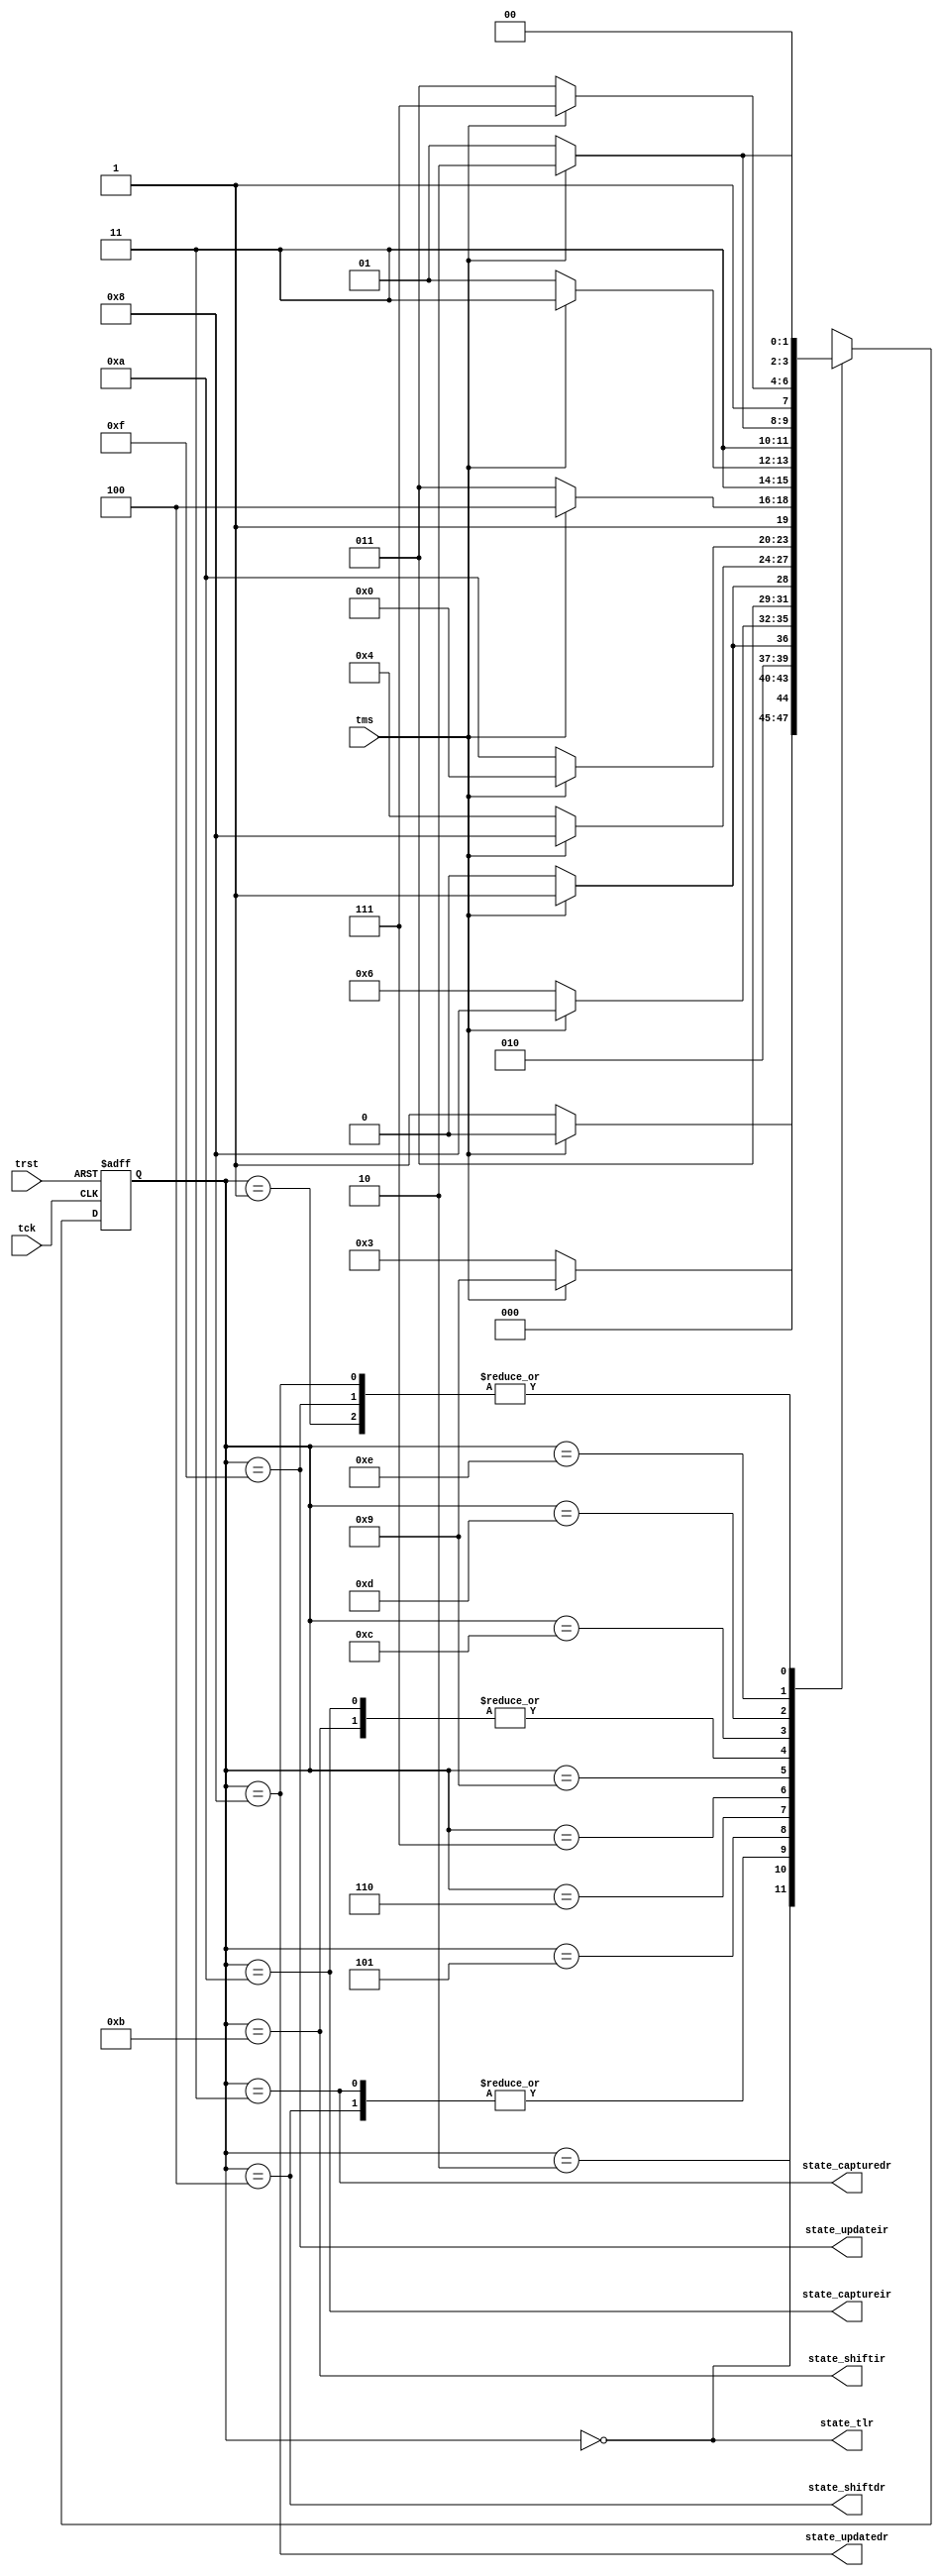
/* jtag_state_machine.v
 *
 * JTAG TAP State Machine
 *
 *------------------------------------------------------------------------------
 *
 * Copyright 2018 Christopher Parish
 *
 * Licensed under the Apache License, Version 2.0 (the "License");
 * you may not use this file except in compliance with the License.
 * You may obtain a copy of the License at
 *
 *   http://www.apache.org/licenses/LICENSE-2.0
 *
 * Unless required by applicable law or agreed to in writing, software
 * distributed under the License is distributed on an "AS IS" BASIS,
 * WITHOUT WARRANTIES OR CONDITIONS OF ANY KIND, either express or implied.
 * See the License for the specific language governing permissions and
 * limitations under the License.
 */

module jtag_state_machine(
        input tck,
        input tms,
        input trst,

        output state_tlr,
        output state_capturedr,
        output state_captureir,
        output state_shiftdr,
        output state_shiftir,
        output state_updatedr,
        output state_updateir

    );

    localparam TEST_LOGIC_RESET = 4'h0;
    localparam RUN_TEST_IDLE    = 4'h1;
    localparam SELECT_DR        = 4'h2;
    localparam CAPTURE_DR       = 4'h3;
    localparam SHIFT_DR         = 4'h4;
    localparam EXIT1_DR         = 4'h5;
    localparam PAUSE_DR         = 4'h6;
    localparam EXIT2_DR         = 4'h7;
    localparam UPDATE_DR        = 4'h8;
    localparam SELECT_IR        = 4'h9;
    localparam CAPTURE_IR       = 4'hA;
    localparam SHIFT_IR         = 4'hB;
    localparam EXIT1_IR         = 4'hC;
    localparam PAUSE_IR         = 4'hD;
    localparam EXIT2_IR         = 4'hE;
    localparam UPDATE_IR        = 4'hF;

    reg[3:0] state;

    always @(posedge tck or negedge trst) begin
        if(~trst) begin
            state <= TEST_LOGIC_RESET;
        end else begin
            case(state)
                TEST_LOGIC_RESET: state <= tms ? TEST_LOGIC_RESET : RUN_TEST_IDLE;
                RUN_TEST_IDLE:    state <= tms ? SELECT_DR : RUN_TEST_IDLE;
                SELECT_DR :       state <= tms ? SELECT_IR : CAPTURE_DR;
                CAPTURE_DR :      state <= tms ? EXIT1_DR : SHIFT_DR;
                SHIFT_DR:         state <= tms ? EXIT1_DR : SHIFT_DR;
                EXIT1_DR:         state <= tms ? UPDATE_DR : PAUSE_DR;
                PAUSE_DR:         state <= tms ? EXIT2_DR : PAUSE_DR;
                EXIT2_DR:         state <= tms ? UPDATE_DR : SHIFT_DR;
                UPDATE_DR:        state <= tms ? SELECT_DR : RUN_TEST_IDLE;
                SELECT_IR:        state <= tms ? TEST_LOGIC_RESET : CAPTURE_IR;
                CAPTURE_IR:       state <= tms ? EXIT1_IR : SHIFT_IR;
                SHIFT_IR :        state <= tms ? EXIT1_IR : SHIFT_IR;
                EXIT1_IR:         state <= tms ? UPDATE_IR : PAUSE_IR;
                PAUSE_IR:         state <= tms ? EXIT2_IR : PAUSE_IR;
                EXIT2_IR:         state <= tms ? UPDATE_IR : SHIFT_IR;
                UPDATE_IR:        state <= tms ? SELECT_DR : RUN_TEST_IDLE;
            endcase
        end
    end

    //I was going to use a function, but Vivado pooped itself when I tried. Typical...
    assign state_tlr = (state == TEST_LOGIC_RESET);
    assign state_capturedr = (state == CAPTURE_DR);
    assign state_captureir = (state == CAPTURE_IR);
    assign state_shiftdr = (state == SHIFT_DR);
    assign state_shiftir = (state == SHIFT_IR);
    assign state_updatedr = (state == UPDATE_DR);
    assign state_updateir = (state == UPDATE_IR);

endmodule